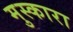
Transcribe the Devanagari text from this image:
मुस्कारा